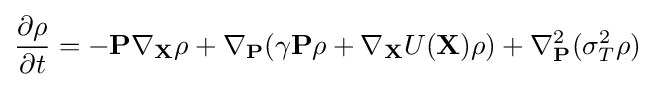
{\frac {\partial \rho }{\partial t}}=-\mathbf {P} \nabla _{\mathbf {X} }\rho +\nabla _{\mathbf {P} }(\gamma \mathbf {P} \rho +\nabla _{\mathbf {X} }U(\mathbf {X} )\rho )+\nabla _{\mathbf {P} }^{2}(\sigma _{T}^{2}\rho )